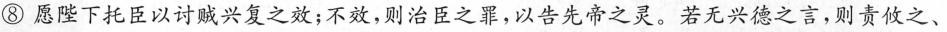
⑧愿陛下托臣以讨贼兴复之效；不效，则治臣之罪，以告先帝之灵。若无兴德之言，则责攸之、